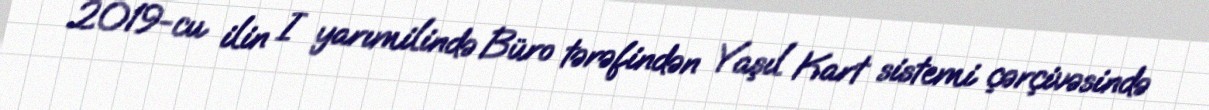
2019-cu ilin I yarımilində Büro tərəfindən Yaşıl Kart sistemi çərçivəsində